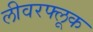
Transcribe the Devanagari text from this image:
लीवरफ्लूक